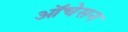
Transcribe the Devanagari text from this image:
ऑचेसन